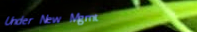
Under New Mgmt